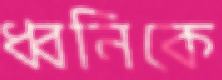
ধ্বনিকে